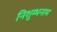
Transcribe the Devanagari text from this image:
निशुम्भनाम